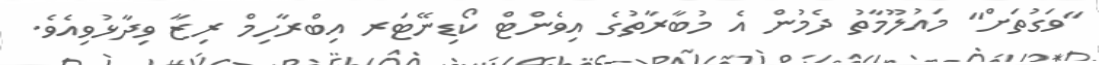
"ވަގުތަށް" މައުލޫމާތު ދެމުން އެ މުބާރާތުގެ އިވެންޓް ކޯޑިނޭޓަރ އިބްރާހިމް ރިޒާ ވިދާޅުވިއެވެ.